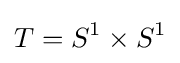
T=S^{1}\times S^{1}